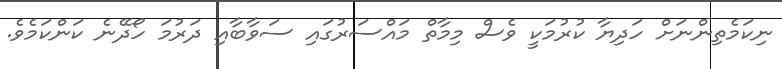
ނިކަމެތިންނަށް ހަދިޔާ ކުރުމަކީ ވެސް މިމާތް މައްސަރުގައި ސަވާބާއި ދަރުމަ ހޯދޭނެ ކަންކަމެވެ.